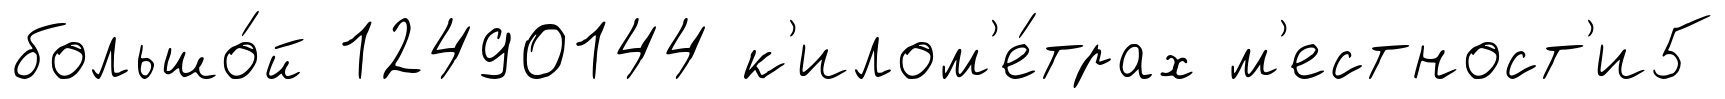
большо́й 12490144 к'илом'е́трах м'естност'и5